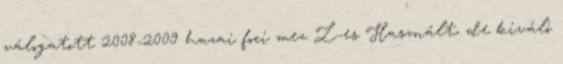
válogatott 2008-2009 hazai foci mez L-es Használt, de kiváló